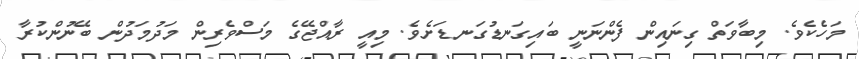
މަހެކެވެ. މިބާވަތް ގިނައިން ފެންނަނީ ބައިގަނޑުގަނޑަށެވެ. މިއީ ރާއްޖޭގެ މަސްވެރިން މަދުމަދުން ބޭނުންކުރާ